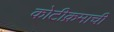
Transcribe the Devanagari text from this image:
कोटीक्रमाची